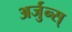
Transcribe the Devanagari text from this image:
अर्जुन्स्